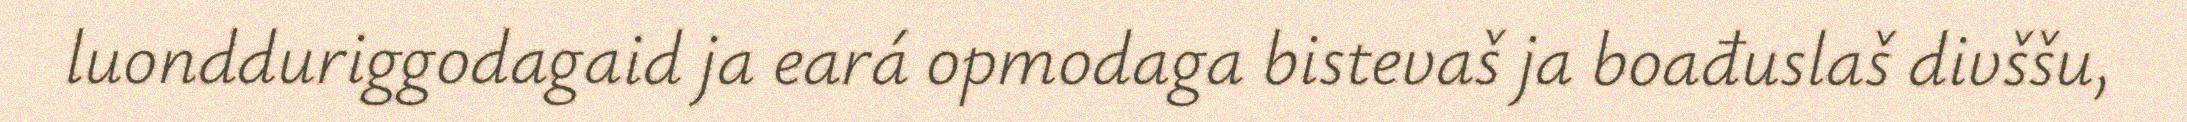
luondduriggodagaid ja eará opmodaga bistevaš ja boađuslaš divššu,